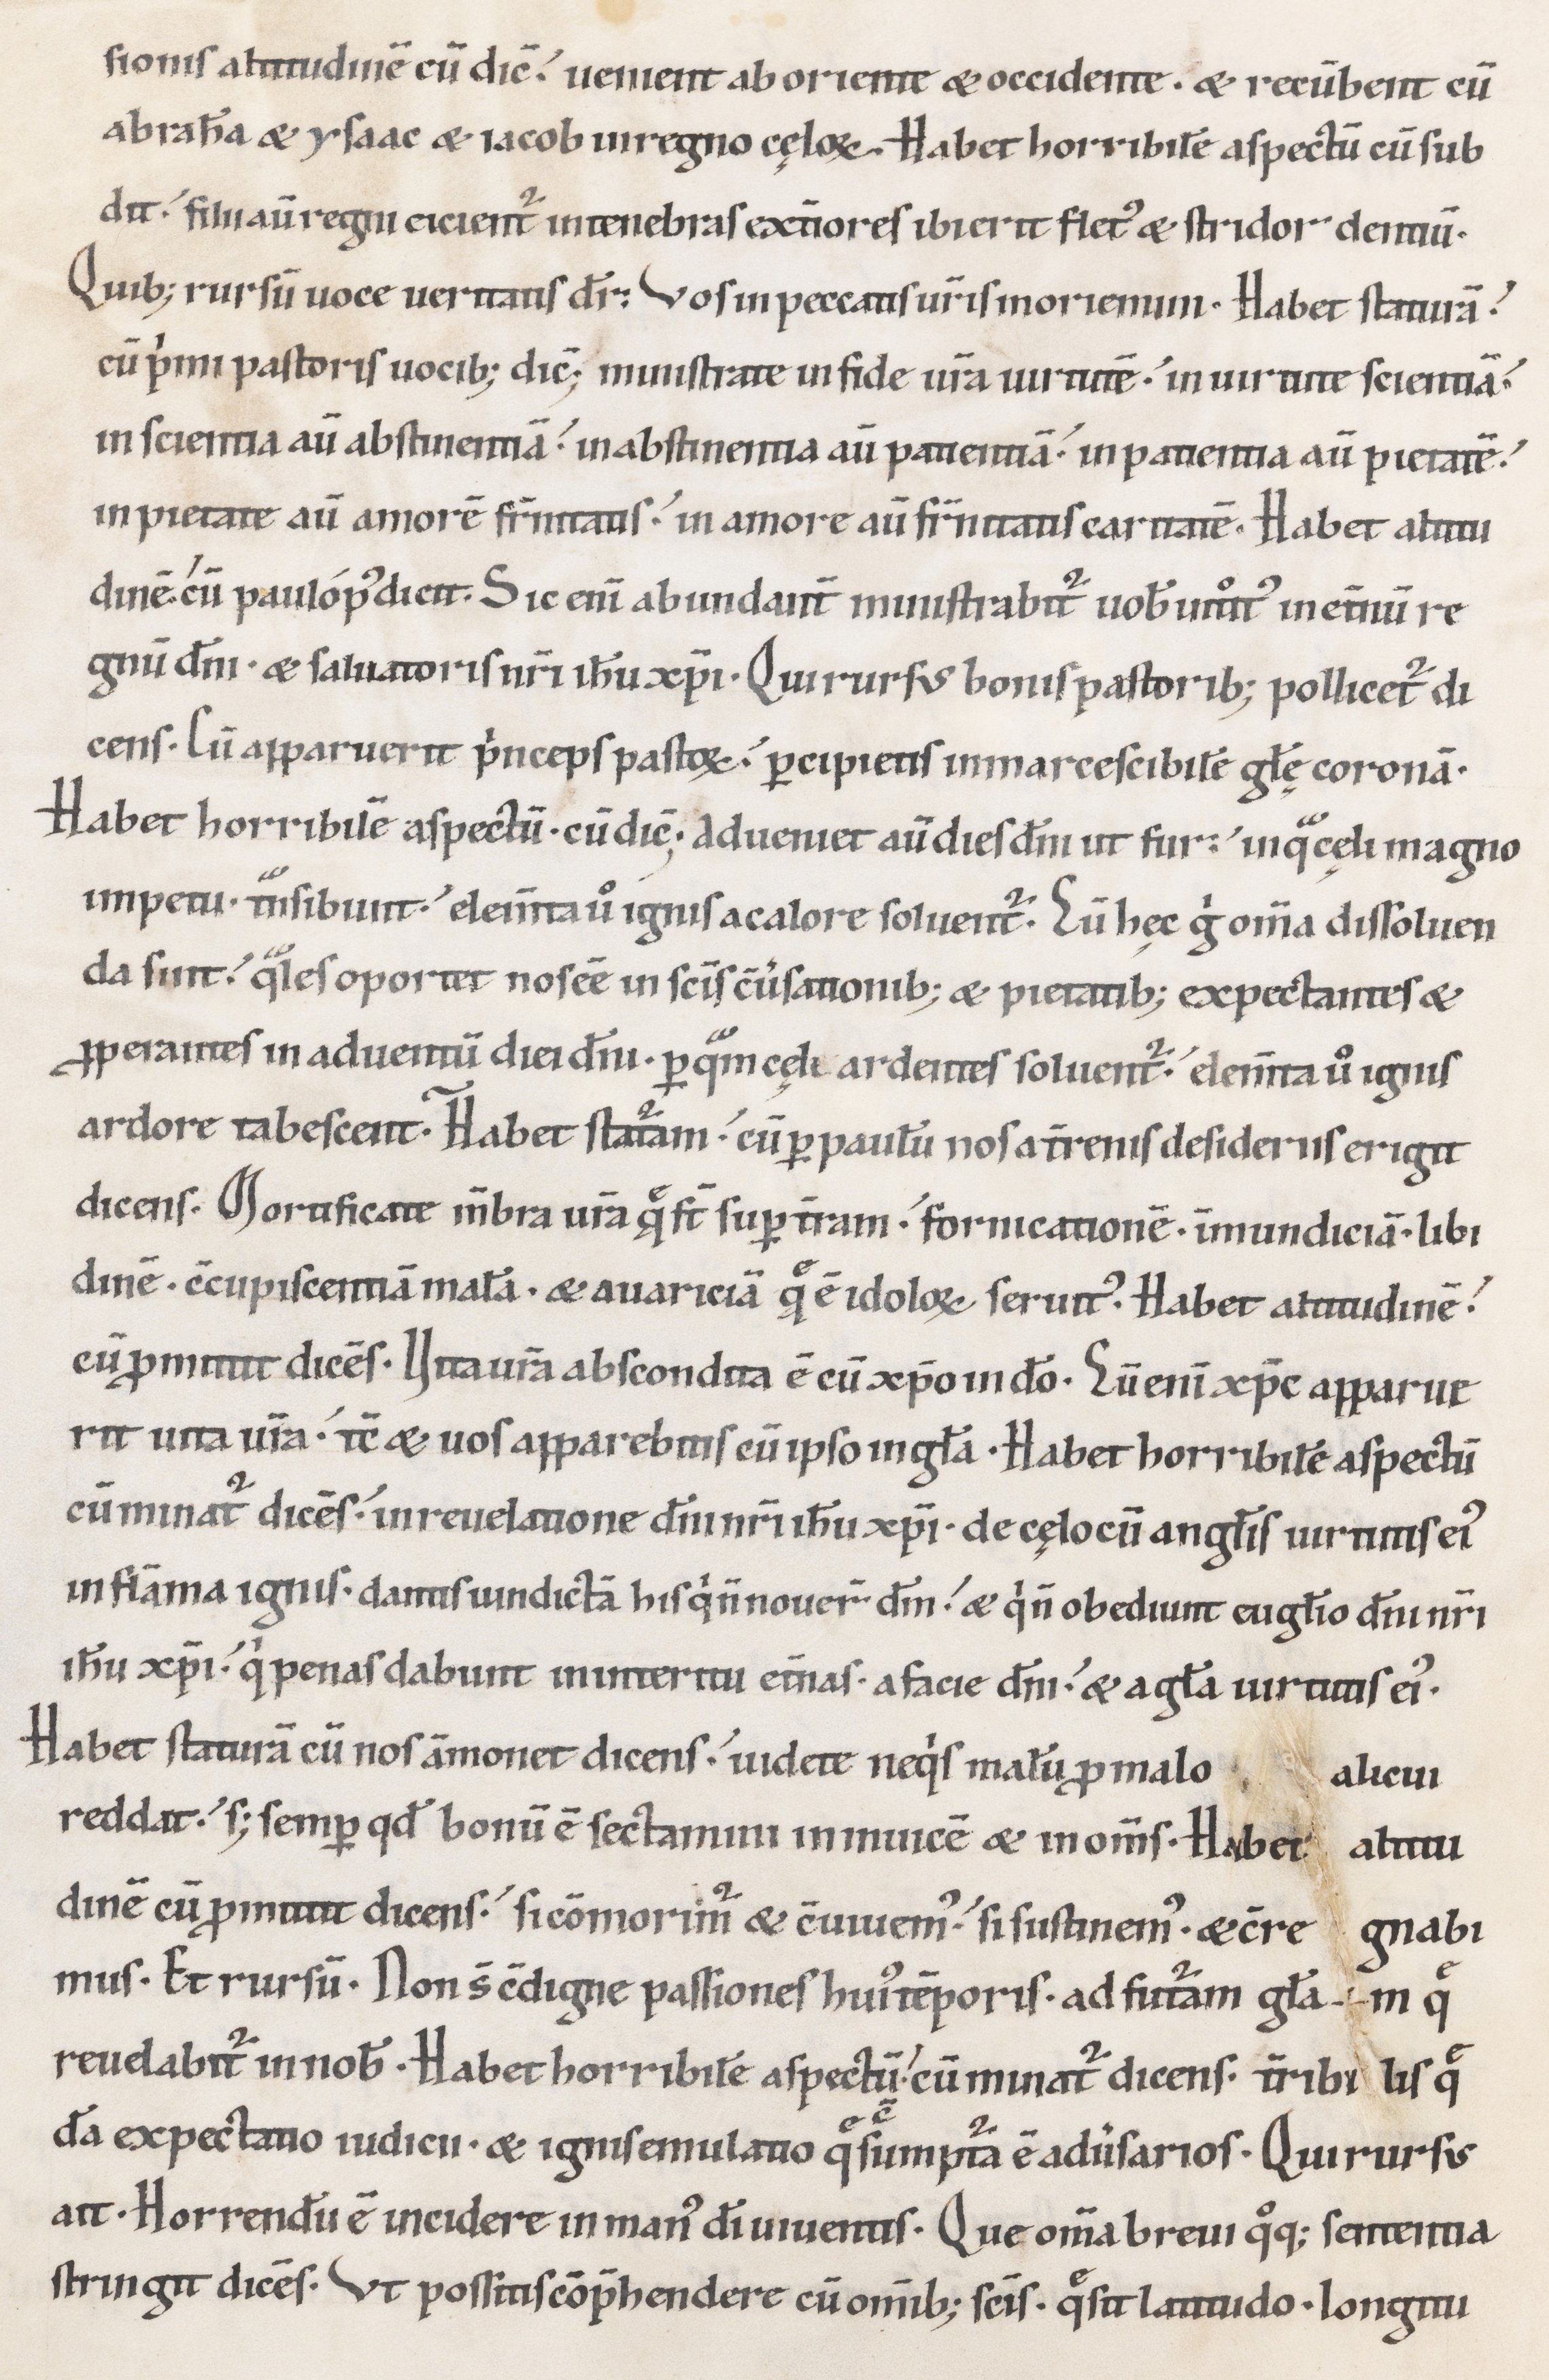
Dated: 1100–1199